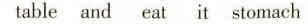
table and eat it stomach